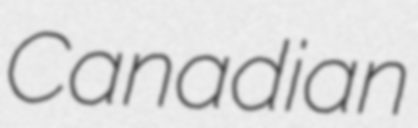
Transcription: Canadian